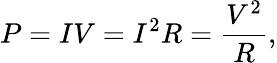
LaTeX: P=IV=I^{2}R={\frac{V^{2}}{R}},